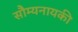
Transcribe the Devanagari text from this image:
सौम्यनायकी